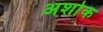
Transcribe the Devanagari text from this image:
अशोक